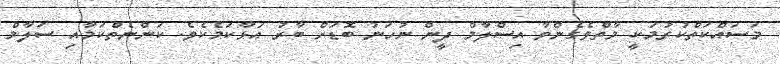
މަސައްކަތްކުރުމަކީ މާތްވެގެންވާ އިސްލާމް ދީން ނުހަނު ބޮޑަށް ބާރު އަޅާކަމެކެވެ. ކަންނެތްކަމާއި ސަލާމް